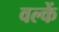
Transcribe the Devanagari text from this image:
वल्कें